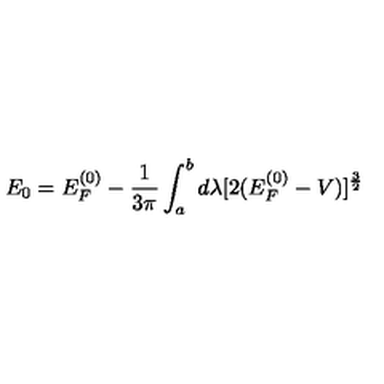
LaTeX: E _ { 0 } = E _ { F } ^ { ( 0 ) } - \frac { 1 } { 3 \pi } \int _ { a } ^ { b } d \lambda [ 2 ( E _ { F } ^ { ( 0 ) } - V ) ] ^ { \frac { 3 } { 2 } }